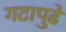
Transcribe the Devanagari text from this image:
गटापुढे